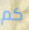
كم